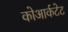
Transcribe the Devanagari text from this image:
कोआर्कटेट